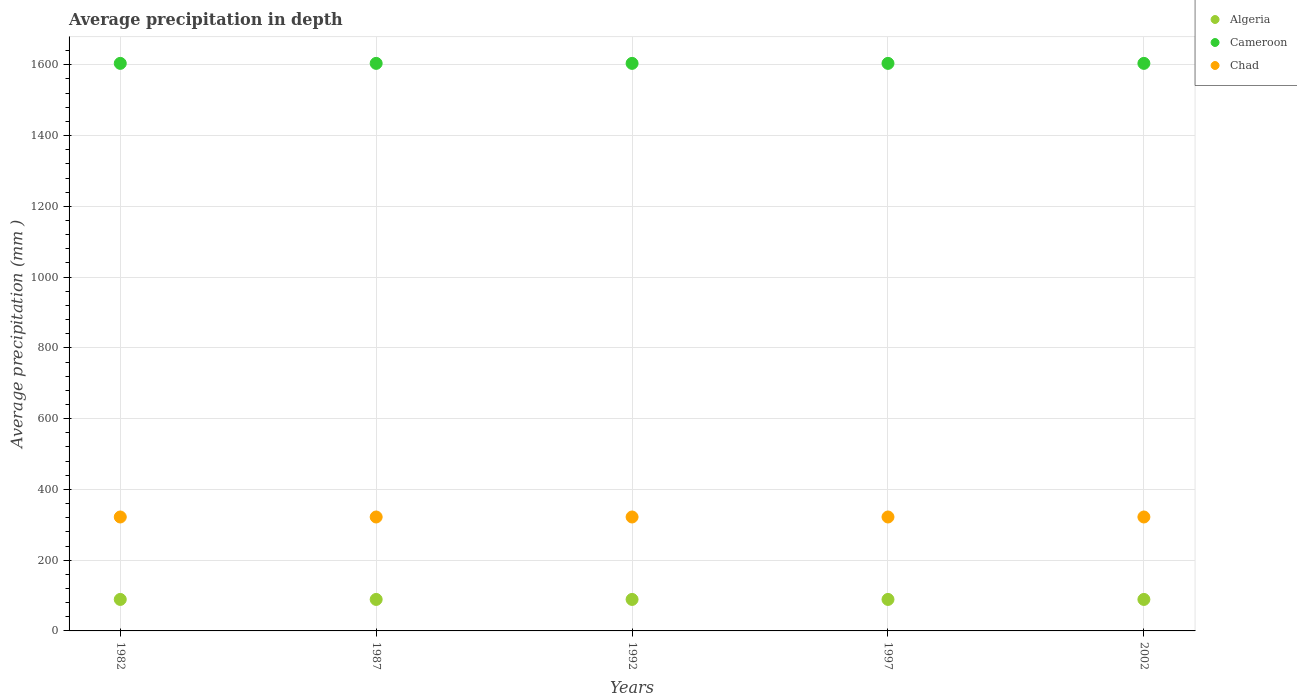
| Years | Algeria | Cameroon | Chad |
 | --- | --- | --- | --- |
 | 1982 | 89 | 1.6e+03 | 322 |
 | 1987 | 89 | 1.6e+03 | 322 |
 | 1992 | 89 | 1.6e+03 | 322 |
 | 1997 | 89 | 1.6e+03 | 322 |
 | 2002 | 89 | 1.6e+03 | 322 |